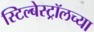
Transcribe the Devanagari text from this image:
स्टिल्बेस्ट्रॉलच्या